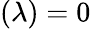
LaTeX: \left(\lambda\right)=0